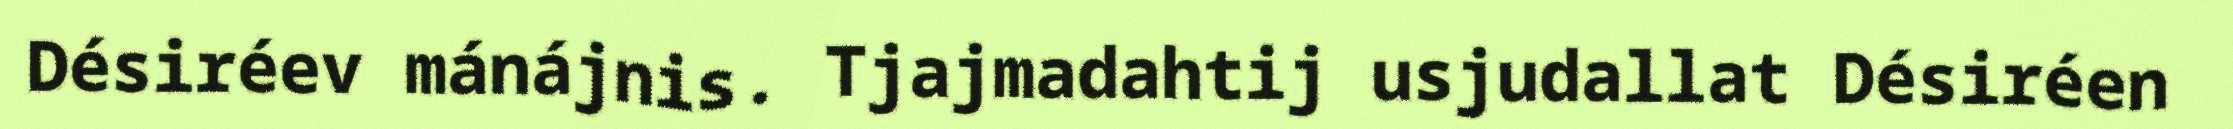
Désiréev mánájnis. Tjajmadahtij usjudallat Désiréen